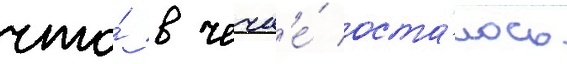
что́ в чечн'е́ оста́лось